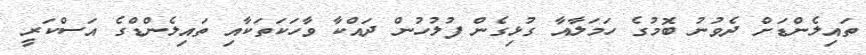
ތައިލެންޑަށް ދެވުނު ބޮމުގެ ހަމަލާއާ ގުޅިގެން ފުލުހުން ދައްކާ ވާހަކަތަކާއި ތައިލެންޑްގެ އަސްކަރީ